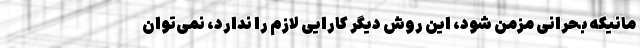
مانیکه بحرانی مزمن شود، این روش دیگر کارایی لازم را ندارد، نمی‌توان